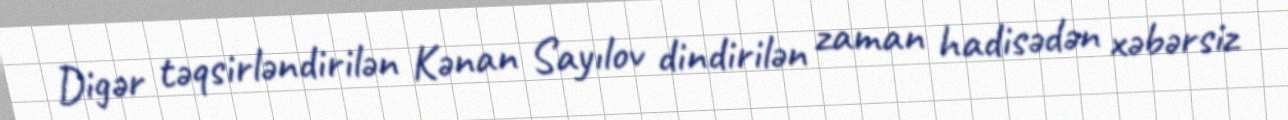
Digər təqsirləndirilən Kənan Sayılov dindirilən zaman hadisədən xəbərsiz